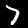
Digit: 7